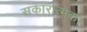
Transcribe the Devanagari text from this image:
सकारात्मक।